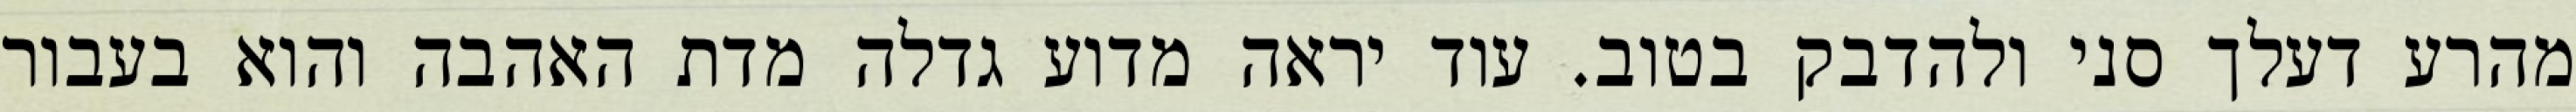
מהרע דעלך סני ולהדבק בטוב. עוד יראה מדוע גדלה מדת האהבה והוא בעבור